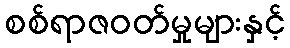
စစ်ရာဇဝတ်မှုများနှင့်